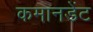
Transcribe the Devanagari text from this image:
कमानडेंट